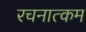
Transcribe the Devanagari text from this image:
रचनात्‍कम